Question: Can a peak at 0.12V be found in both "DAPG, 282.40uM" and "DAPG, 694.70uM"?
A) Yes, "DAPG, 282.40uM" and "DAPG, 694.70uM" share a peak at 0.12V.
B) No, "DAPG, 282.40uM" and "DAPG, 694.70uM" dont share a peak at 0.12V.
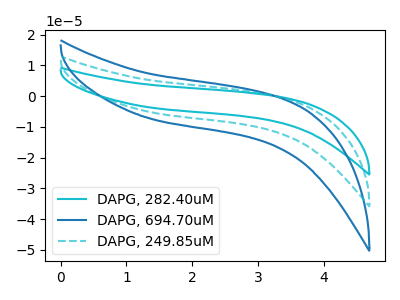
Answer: <think>The cyan curve "DAPG, 282.40uM" has no peaks. The blue curve "DAPG, 694.70uM" has no peaks. The cyan dashed curve "DAPG, 249.85uM" has no peaks.</think>
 <answer>B) No, "DAPG, 282.40uM" and "DAPG, 694.70uM" dont share a peak at 0.12V.</answer>
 <eval>B</eval>